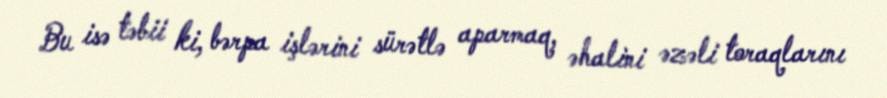
Bu isə təbii ki, bərpa işlərini sürətlə aparmaq, əhalini əzəli toraqlarını